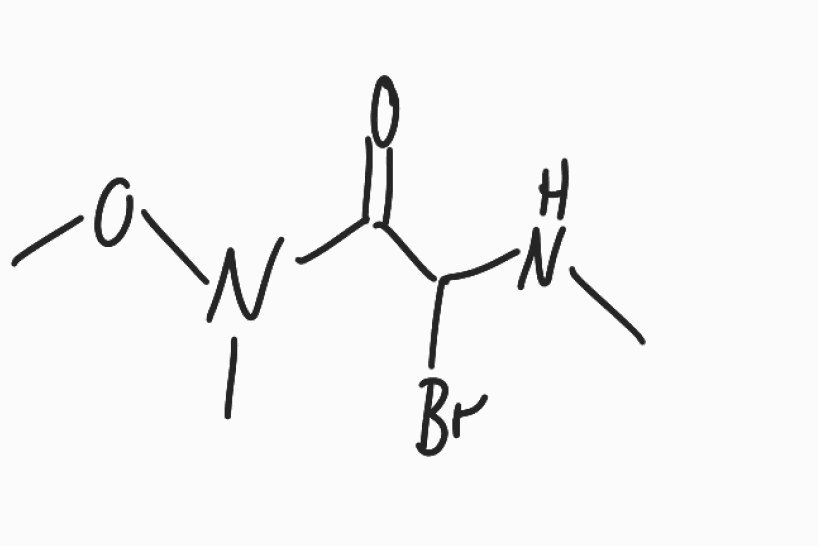
Simplified molecular-input line-entry system (SMILES) notation of the given molecule:
CNC(C(=O)N(C)OC)Br